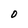
Character: O